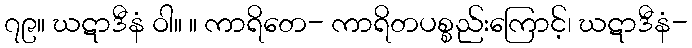
၇၉။ ဃဋာဒီနံ ဝါ။ ။ ကာရိတေ- ကာရိတပစ္စည်းကြောင့်၊ ဃဋာဒီနံ-